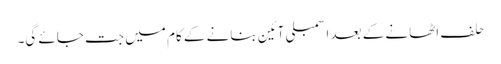
حلف اٹھانے کے بعد اسمبلی آئین بنانے کے کام میں جت جائے گی۔